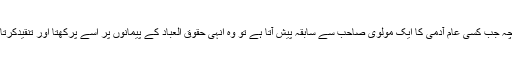
چنانچہ جب کسی عام آدمی کا ایک مولوی صاحب سے سابقہ پیش آتا ہے تو وہ انہی حقوق العباد کے پیمانوں پر اسے پرکھتا اور تنقیدکرتا ہے۔